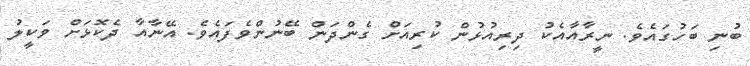
ބުނި ބަހުގައެވެ. ނީރާއާއެކު ދިރިއުޅުން ކުރިއަށް ގެންދަން ބޭނުންވެފައެވެ. އޭނާއާ ދެކޮޅަށް ވަކީލު